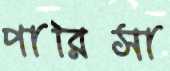
পারিসা